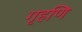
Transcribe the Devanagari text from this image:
गृहणि